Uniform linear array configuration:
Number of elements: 12
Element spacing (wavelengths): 0.5
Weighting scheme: uniform
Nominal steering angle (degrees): -15
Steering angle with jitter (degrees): -15.026
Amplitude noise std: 0.05
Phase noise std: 0.05

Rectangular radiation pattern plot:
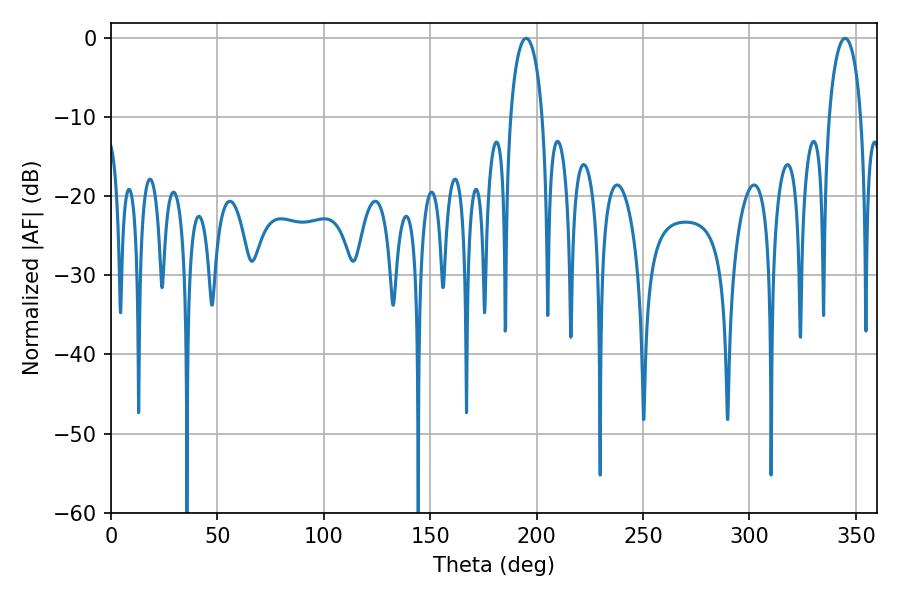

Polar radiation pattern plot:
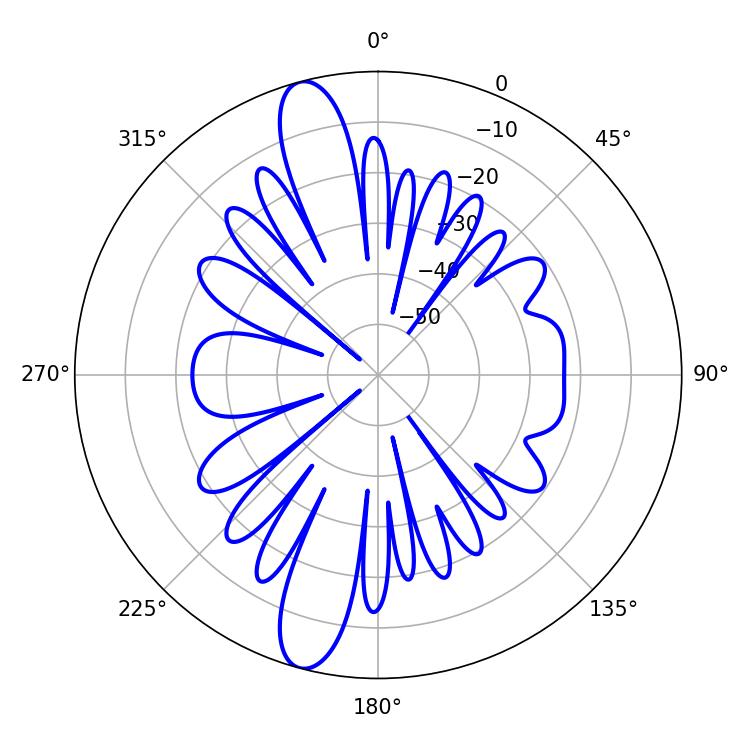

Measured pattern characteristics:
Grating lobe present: FALSE
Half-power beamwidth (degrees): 8.64
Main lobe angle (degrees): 195.12